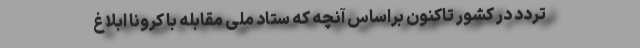
تردد در کشور تاکنون براساس آنچه که ستاد ملی مقابله با کرونا ابلاغ